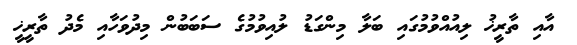
އާއި ތާރީޚު ލިއުއްވުމުގައި ބަލާ މިންގަޑު ލުއިވުމުގެ ސަބަބުން މިދުވަހާއި މެދު ތާރީޚީ